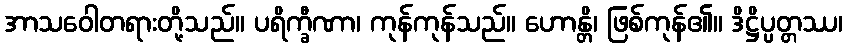
အာသဝေါတရားတို့သည်။ ပရိက္ခီဏာ၊ ကုန်ကုန်သည်။ ဟောန္တိ၊ ဖြစ်ကုန်၏။ ဒိဋ္ဌိပ္ပတ္တဿ၊